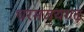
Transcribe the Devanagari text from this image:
धरमजयगढ़